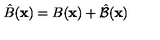
\hat { B } ( { \bf x } ) = B ( { \bf x } ) + \hat { \cal B } ( { \bf x } )